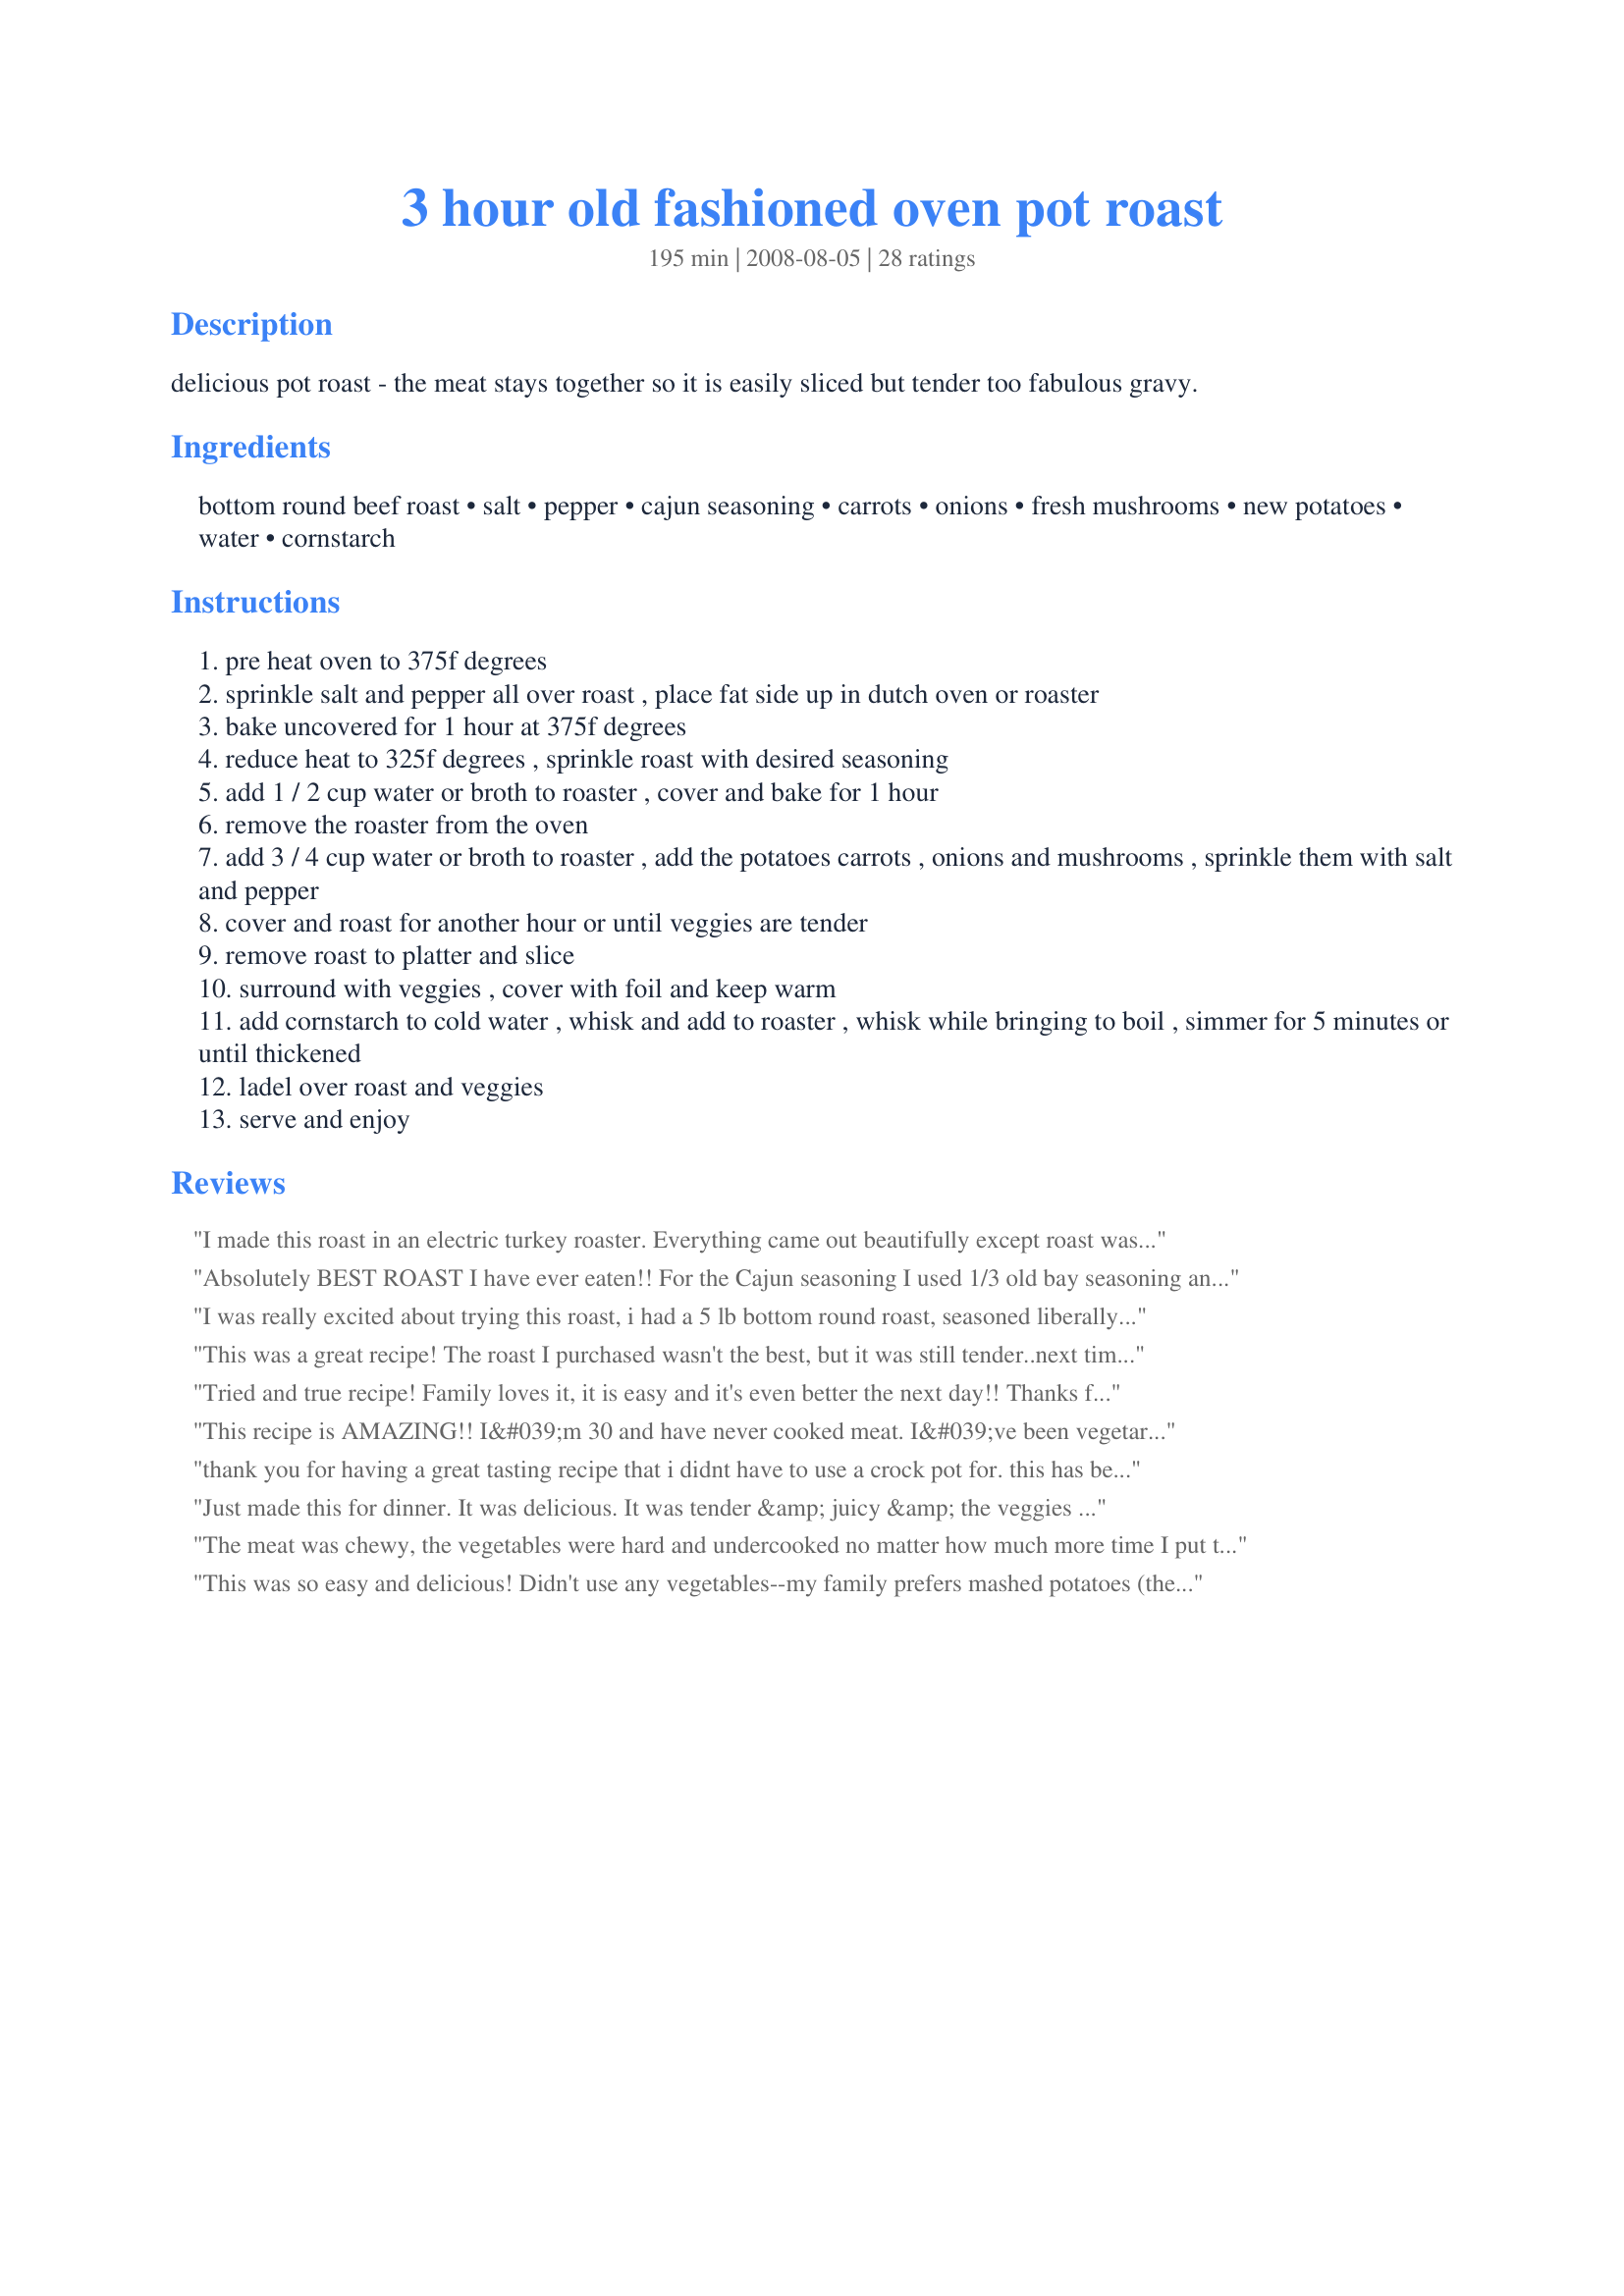
3 hour old fashioned oven pot roast
Preparation time: 195 minutes

delicious pot roast - the meat stays together so it is easily sliced but tender too fabulous gravy.

Ingredients:
bottom round beef roast, salt, pepper, cajun seasoning, carrots, onions, fresh mushrooms, new potatoes, water, cornstarch

Steps:
pre heat oven to 375f degrees
sprinkle salt and pepper all over roast , place fat side up in dutch oven or roaster
bake uncovered for 1 hour at 375f degrees
reduce heat to 325f degrees , sprinkle roast with desired seasoning
add 1 / 2 cup water or broth to roaster , cover and bake for 1 hour
remove the roaster from the oven
add 3 / 4 cup water or broth to roaster , add the potatoes carrots , onions and mushrooms , sprinkle them with salt and pepper
cover and roast for another hour or until veggies are tender
remove roast to platter and slice
surround with veggies , cover with foil and keep warm
add cornstarch to cold water , whisk and add to roaster , whisk while bringing to boil , simmer for 5 minutes or until thickened
ladel over roast and veggies
serve and enjoy

Reviews:
I made this roast in an electric turkey roaster. Everything came out beautifully except roast wasn&#039;t tender even after 5 hours. This was my first time to use the roaster, so I don&#039;t know if it was operator error or the roaster just doesn&#039;t work as well for a beef roast as a turkey. Next time I will use the oven and see if I can give a 5 star rating.
Absolutely BEST ROAST I have ever eaten!! For the Cajun seasoning I used 1/3 old bay seasoning and the other 1/2 Lawry’s Seasoning salt. I omitted mushrooms and only used 1 onion. Talk about delicious. My husband raved about it. I raved about it! YUM!
I was really excited about trying this roast, i had a 5 lb bottom round roast, seasoned liberally with salt and pepper and followed this recipe to a &quot;t&quot;. It looked nice when it was finished but the meat was semi dry (somewhat juicy but not what i expect out of a roast) and was chewy. Also, the veggies did not even come close to being cooked after an hour and a half in the oven. Had to microwave them for almost 20 minutes to get them to be soft and they were still somewhat crunchy. I understand this is supposed to be a somewhat quick roast but i just didnt care for it. I like my roast to fall into large chunks. Next time i will lower oven temp to 215-225 and let it go for a good 6 or 7 hours.
This was a great recipe! The roast I purchased wasn't the best, but it was still tender..next time I will be more careful of the meat I get (i was in a hurry and just grabbed what looked like enuf for my family-not smart). It was very tasty! Question: What is the best way to keep the meat tender after finishing our dinner and no more veggies left, just meat and some excellent stock/broth. I did not slice it all up for dinner; just sliced when someone wanted another piece. Would like to slice the leftover roast for sandwiches tomorrow and maybe the day after! Thanks again for great recipe!
Tried and true recipe! Family loves it, it is easy and it's even better the next day!! Thanks for posting!
This recipe is AMAZING!! I&#039;m 30 and have never cooked meat. I&#039;ve been vegetarian and just recently started cooking and eating meat and this recipe is not only simple but it&#039;s absolutely DELICIOUS! I use Penzey&#039;&#039;s Roast Seasoning and cook it in a beef flavored vegetarian broth. My entire family LOVES it and they request it AT LEAST once a week. Thank you for something so quick and delicious that doesn&#039;t require me to actually touch the cow flesh :)
thank you for having a great tasting recipe that i didnt have to use a crock pot for. this has become my favorite pot roast hands down.
Just made this for dinner. It was delicious. It was tender &amp; juicy &amp; the veggies were perfect. It was so easy to make &amp; I definitely will be making it again thank you.
The meat was chewy, the vegetables were hard and undercooked no matter how much more time I put them in the oven the only thing that tastes remotely good was the broth from everything. Terrible
This was so easy and delicious! Didn't use any vegetables--my family prefers mashed potatoes (the gravy was perfect!) and I didn't have carrots. This is even easier than the slow-cooker! I'll never cook pot roast any other way!
This was so easy to make and easy to slice and tender and juicy. Made a very flavorful gravy and the leftovers made thin slices for sandwiches. I left out mushrooms but the remaining veggies were done to perfection. i will be making this again/ Thanks Derf!
This was the easiest, most delicious, succulent pot roast ever. I've just made it for the third time. The Cajun spice was the perfect seasoning. The meat was fork tender, yet you could slice it. I doubled the mushrooms and carrots since I am allergic to potatoes and added more liquid to serve over noodles. The leftover meat and gravy made fantastic pot roast sandwiches on Italian rolls. It's become my new pot roast of choice.
This is a great oven roast! Its really easy and delicious. My roast was 3.87 lbs and I cooked it at 50 min intervals and it was done, but not overdone. I didn't do the gravy, we used the canned to save time. Also no mushrooms, but added some celery.
If you're looking to do a roast without the crock pot, you won't be disappointed!
Great roast recipe! I used a sirloin tip roast, couldn't find a bottom round in my bodunk town for some reason. Anyways, I cooked it less than the recipe called for being the different cut. About 45 min per increment. Used baby carrots and small golden potatoes. The gravy didn't thicken that much right away, but will so overnight. DH loved this, 5 stars all the way! Thanks Derf!
Very tasty, I made this in a slow cooker, half the recipe. Left the potatoes out and seared the beef first. 7 hours on low. The best gravy ever!
I've made this a couple of times now. I cook it covered for the entire period. I find this helps with keeping the roast moist.
Thank you all who wrote a review or submitted a photo, it truly makes a BIG difference when deciding to try a new recipe or not. I have been looking for an &quot;old fashioned oven pot roast recipe for a while, and soooooo excited to try this one. I actually have my roast in the oven as I&#039;m typing, and hope it turns out as well as everyone else says theirs has. I will let you all know. I am new to this site, and so far, am loving it. Cooking is a passion, and I enjoy trying others successes. Thanks again to all who have given reviews and pics, you helped me decide to try this!!!!!!!! : )
So easy and delicious! I couldn’t find my crockpot after moving and this recipe was even easier and faster than using the slow cooker! I loved how the outside developed a tasty crust while the inside was juicy, tender and full of flavor. I added dried thyme and rosemary, just fantastic! I will use this method again.
This has to be the easiest - and best - pot roast recipe I&#039;ve ever tried. Served it today for my family &quot;Sunday supper&quot; and it was a huge hit. Followed the recipe with the exception of the seasoning - just used salt &amp; pepper. Sliced beautifully, cooked perfectly. No more searing the meat, just salt &amp; pepper and put it in the oven. Fabulous. I&#039;ll never use another method for cooking a pot roast.
Wow! I have been married & cooking pot roasts for 20 years...this recipe came out so tender & flavorful my husband said "it's the best pot roast you've ever made"! I used garlic powder, onion powder & adobo instead of the cajun seasoning. Fantastic, thank you so much.
I didn't do the last set (adding corn starch) and I added gravy master to the last water addition. After I cut up the meat, yum....see below.
Coincidentally, my birthday [which is April 1st] and Easter Sunday landed on the same day this year (2018). So, my mother made this pot roast recipe yesterday for my birthday / Easter Sunday dinner. It was delicious and we all enjoyed it very much! I can honestly say this was the BEST pot roast recipe I've ever had so far! We did make few modifications though. For starters, here in Florida, it's difficult to find &quot;small new potatoes&quot; and &quot;Yukon potatoes&quot; So, we used Baby Yellow Dutch Potatoes instead - they cooked very well and tasted wonderful with the sauce. Also, we decided to omit adding the cornstarch to the sauce - since we wanted the sauce to be more of a light broth consistency. And, we found a recipe for a Cajun / Creole spice mixture which we decided to make and combine with this recipe - again, it turned out great. Lastly, we added extra mushrooms, onions, carrots, and Baby Yellow Dutch potatoes (since I LOVE all of these veggies) - since we omitted adding cornstarch to the sauce, all of the extra veggies were able to cook thoroughly in the light broth. We served this pot roast with fresh Chicago hard rolls and poppy-seed silver dollar rolls. I'm planning to buy some ciabatta rolls to sandwiches with the leftover pot roast. All in all, I absolutely LOVED this recipe and I would love to make it again. Next time, I may even add fresh green beans to this recipe.
Perfect! Everyone loved it! A keeper!
Great redults for a diiner with guests! Have not had good results like this in a while. Used beef broth for liquid, guests loved the results. Very flavorful, tender, roast looked appetizing, sliced well, very tender. Used 3.5 lb good quality roast
A keeper!
I just made this for me and my husband. It is SO easy to make and it was seriously the best pot roast I have ever had and my husband can&#039;t stop talking about it. I will DEFINITELY be making this again. :)
I used sirloin tip roast and it was kind of dry . I was expecting it to be better. I guess it's the meat type I used.
I just finished dinner. It was great tender and low fat. I cut most of the fat off the bottom round roast. The gravy came out great. Even though no fat there was plenty of juice. Will be making it again this winter. Thank You
